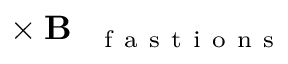
\mathbf { \nabla } \times \mathbf { B } _ { \mathrm { ~ \textit ~ { ~ f ~ a ~ s ~ t ~ i ~ o ~ n ~ s ~ } ~ } }